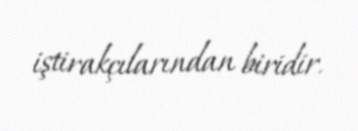
iştirakçılarından biridir.